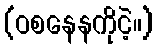
(ဝစနေနကိုငဲ့။)